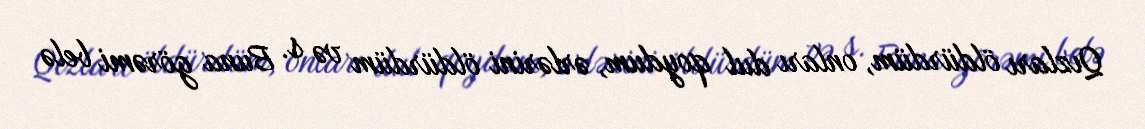
Qızları öldürdüm, onları dul qoydum, ərlərini öldürdüm və s. Buna görəmi belə